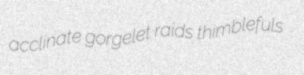
acclinate gorgelet raids thimblefuls